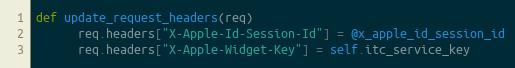
Language: Ruby
def update_request_headers(req)
      req.headers["X-Apple-Id-Session-Id"] = @x_apple_id_session_id
      req.headers["X-Apple-Widget-Key"] = self.itc_service_key